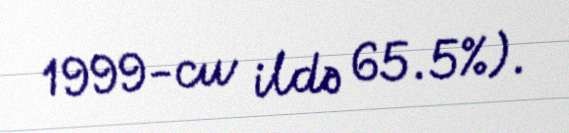
1999-cu ildə 65.5%).